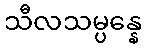
သီလသမ္ပန္နေ